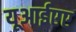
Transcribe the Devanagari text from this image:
यूआईएए